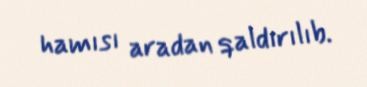
hamısı aradan qaldırılıb.